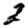
Digit: 2